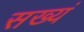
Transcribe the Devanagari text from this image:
सख्यं